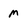
Character: m